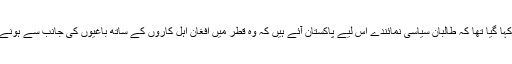
تاہم، اُنھوں نے اِن رپورٹوں کو'' گمراہ کُن'' قرار ریا جن میں کہا گیا تھا کہ طالبان سیاسی نمائندے اس لیے پاکستان آئے ہیں کہ وہ قطر میں افغان اہل کاروں کے ساتھ باغیوں کی جانب سے ہونے والی حالئی خفیہ ملاقاتوں کے بارے میں بریفنگ دے سکیں۔